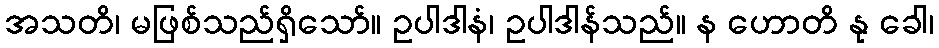
အသတိ၊ မဖြစ်သည်ရှိသော်။ ဥပါဒါနံ၊ ဥပါဒါန်သည်။ န ဟောတိ နု ခေါ၊